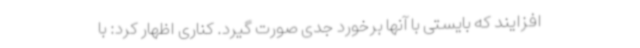
افزایند که بایستی با آنها برخورد جدی صورت گیرد. کناری اظهار کرد: با